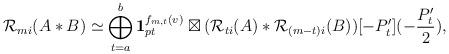
LaTeX: \begin{align*}{\mathcal{R}_{mi}}(A\ast B)\simeq\bigoplus_{t=a}^{b}\mathbf{1}_{pt}^{f_{m,t}(v)}\boxtimes({\mathcal{R}_{ti}}(A)\ast{\mathcal{R}_{(m-t)i}}(B))[-P'_t](-\frac{P'_t}{2}),\end{align*}